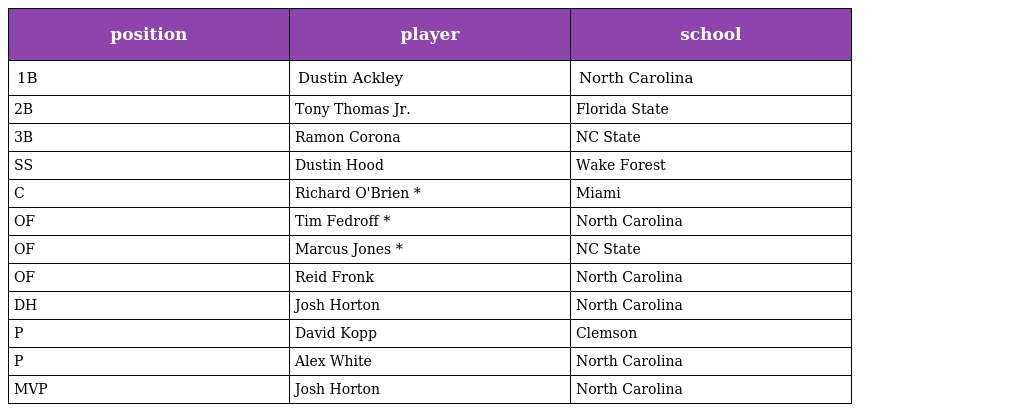
| position | player | school |
 | --- | --- | --- |
 | 1B | Dustin Ackley | North Carolina |
 | 2B | Tony Thomas Jr. | Florida State |
 | 3B | Ramon Corona | NC State |
 | SS | Dustin Hood | Wake Forest |
 | C | Richard O'Brien * | Miami |
 | OF | Tim Fedroff * | North Carolina |
 | OF | Marcus Jones * | NC State |
 | OF | Reid Fronk | North Carolina |
 | DH | Josh Horton | North Carolina |
 | P | David Kopp | Clemson |
 | P | Alex White | North Carolina |
 | MVP | Josh Horton | North Carolina |